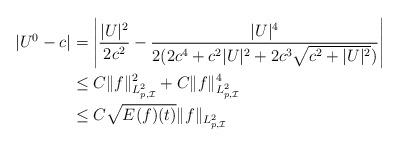
LaTeX: \begin{align*}|U ^0-c|&=\left|\frac{|U|^2}{2c^2}-\frac{|U|^4}{2(2c^4+c^2|U|^2+2c^3\sqrt{c^2+|U|^2})}\right|\cr&\le C\|f\|^2_{L^2_{p,\mathcal{I}}}+C\|f\|_{L^2_{p,\mathcal{I}}}^4\cr&\le C\sqrt{E(f)(t)}\|f\|_{L^2_{p,\mathcal{I}}}\end{align*}